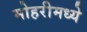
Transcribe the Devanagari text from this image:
मोहरीमध्ये